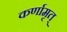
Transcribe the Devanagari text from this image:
कर्णामृत्